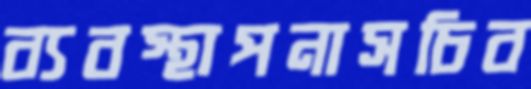
ব্যবস্থাপনাসচিব